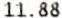
11.88